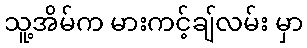
သူ့အိမ်က မားကင့်ချ်လမ်း မှာ